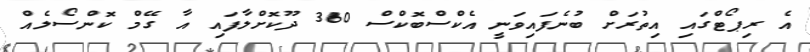
އެ ރިޕޯޓްގައި އިތުރަށް ބުނެފައިވަނީ އެކްސްބޮކްސް 360 ދޫކޮށްލާފައި އާ ގޭމް ކޮންސޯލެއް